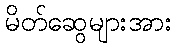
မိတ်ဆွေများအား